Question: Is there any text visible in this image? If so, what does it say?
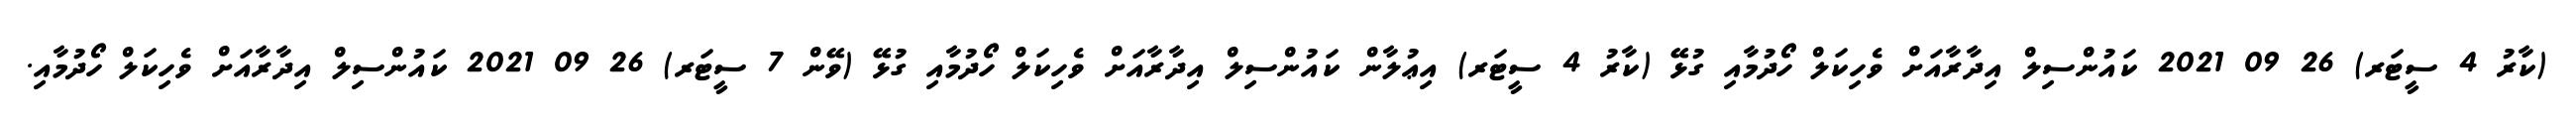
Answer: (ކާރު 4 ސީޓަރ) 26 09 2021 ކައުންސިލް އިދާރާއަށް ވެހިކަލް ހޯދުމާއި ގުޅޭ (ކާރު 4 ސީޓަރ) އިޢުލާން ކައުންސިލް އިދާރާއަށް ވެހިކަލް ހޯދުމާއި ގުޅޭ (ވޭން 7 ސީޓަރ) 26 09 2021 ކައުންސިލް އިދާރާއަށް ވެހިކަލް ހޯދުމާއި.